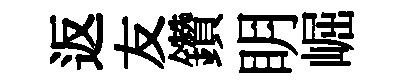
返友鑽眀崛